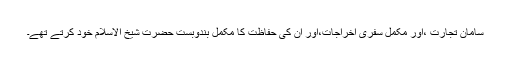
سامانِ تجارت ،اور مکمل سفری اخراجات،اور ان کی حفاظت کا مکمل بندوبست حضرت شیخ الاسلام خود کرتے تھے۔